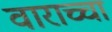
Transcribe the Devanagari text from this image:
वाराच्चा